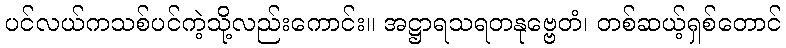
ပင်လယ်ကသစ်ပင်ကဲ့သို့လည်းကောင်း။ အဋ္ဌာရသရတနုဗ္ဗေတံ၊ တစ်ဆယ့်ရှစ်တောင်